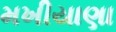
મખીયાણા